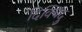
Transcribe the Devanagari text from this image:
दिक्बिंदु